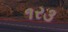
૧ર૩